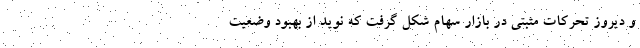
و دیروز تحرکات مثبتی در بازار سهام شکل گرفت که نوید از بهبود وضعیت